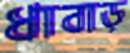
ধাবাড়